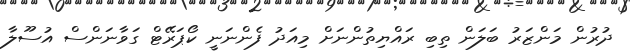
ދުރުން މަންޒަރު ބަލަން ތިބި ރައްޔިތުންނަށް މިއަދު ފެންނަނީ ކޯޕަރޭޓް ގަވާނަންސް އުސޫލާ